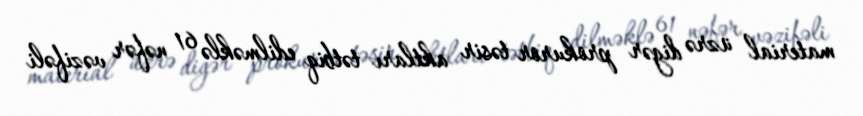
material üzrə digər prokuror təsir aktları tətbiq edilməklə 61 nəfər vəzifəli